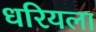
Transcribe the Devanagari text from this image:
धरियला